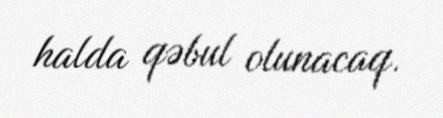
halda qəbul olunacaq.